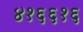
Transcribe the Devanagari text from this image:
४१६६१६